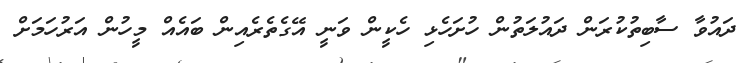
ދައުވާ ސާބިތުކުރަން ދައުލަތުން ހުށަހެޅި ހެކީން ވަނީ އޭގެތެރެއިން ބައެއް މީހުން އަރުހަމަށް